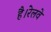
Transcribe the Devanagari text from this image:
है।रेलवे